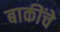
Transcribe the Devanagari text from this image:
बाकींचे